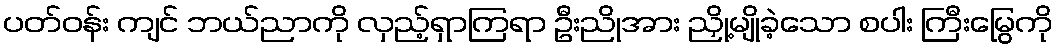
ပတ်ဝန်း ကျင် ဘယ်ညာကို လှည့်ရှာကြရာ ဦးညိုအား ညှို့မျိုခဲ့သော စပါး ကြီးမြွေကို